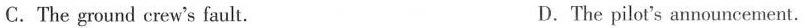
C.The ground crew's fault. D.The pilot's announcement.